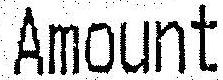
AMOUNT